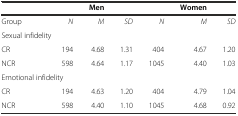
|  |  | Men |  |  | Women |  |
 | --- | --- | --- | --- | --- | --- | --- |
 | Group | N | M | SD | N | M | SD |
 | <COLSPAN=2> Sexual infidelity |  |  |  |  |  |
 | CR | 194 | 4.68 | 1.31 | 404 | 4.67 | 1.20 |
 | NCR | 598 | 4.64 | 1.17 | 1045 | 4.40 | 1.03 |
 | <COLSPAN=2> Emotional infidelity |  |  |  |  |  |
 | CR | 194 | 4.63 | 1.20 | 404 | 4.79 | 1.04 |
 | NCR | 598 | 4.40 | 1.10 | 1045 | 4.68 | 0.92 |